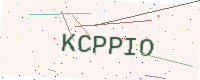
Text: KCPPIO